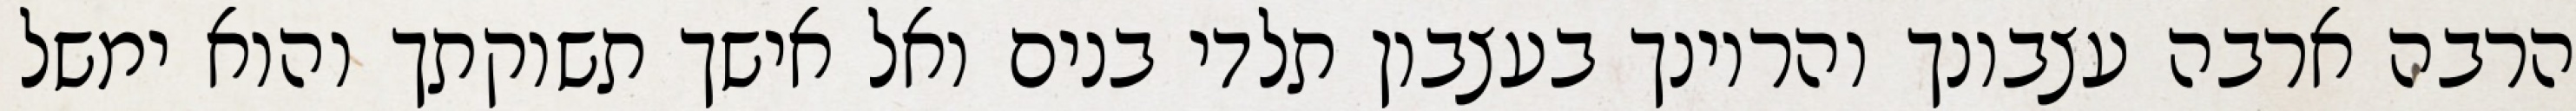
הרבה ארבה עצבונך והריונך בעצבון תלדי בנים ואל אישך תשוקתך והוא ימשל